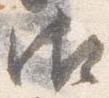
御